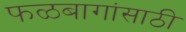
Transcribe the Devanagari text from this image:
फळबागांसाठी